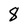
Character: 8